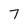
Character: 7